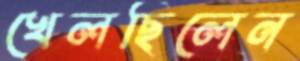
খেলছিলেন